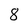
Character: 8